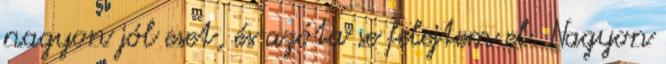
nagyon jól eset, és azóta se felejtem el. Nagyon